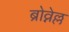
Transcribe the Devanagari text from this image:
ब्रोव्नेल्ल